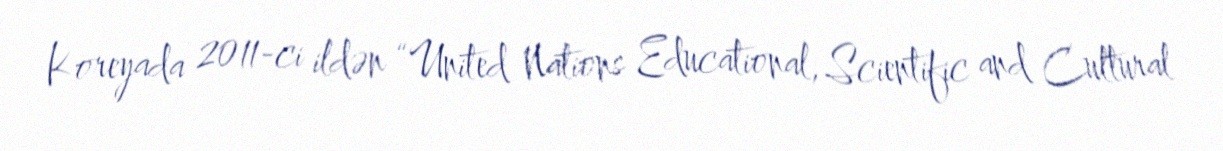
Koreyada 2011-ci ildən “United Nations Educational, Scientific and Cultural